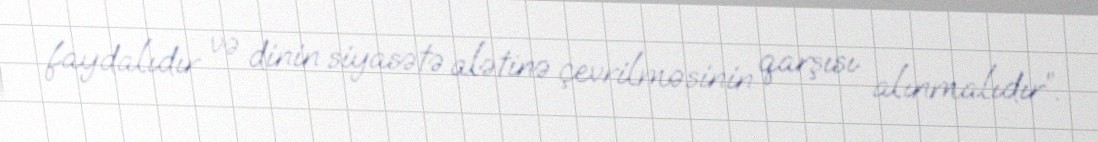
faydalıdır və dinin siyasətə alətinə çevrilməsinin qarşısı alınmalıdır”.